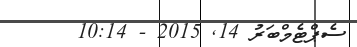
ސެޕްޓެމްބަރު 14